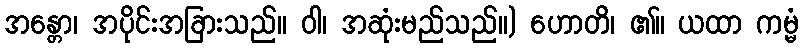
အန္တော၊ အပိုင်းအခြားသည်။ ဝါ၊ အဆုံးမည်သည်။) ဟောတိ၊ ၏။ ယထာ ကမ္မံ